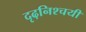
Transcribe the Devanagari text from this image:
दृढ़निश्‍चयी